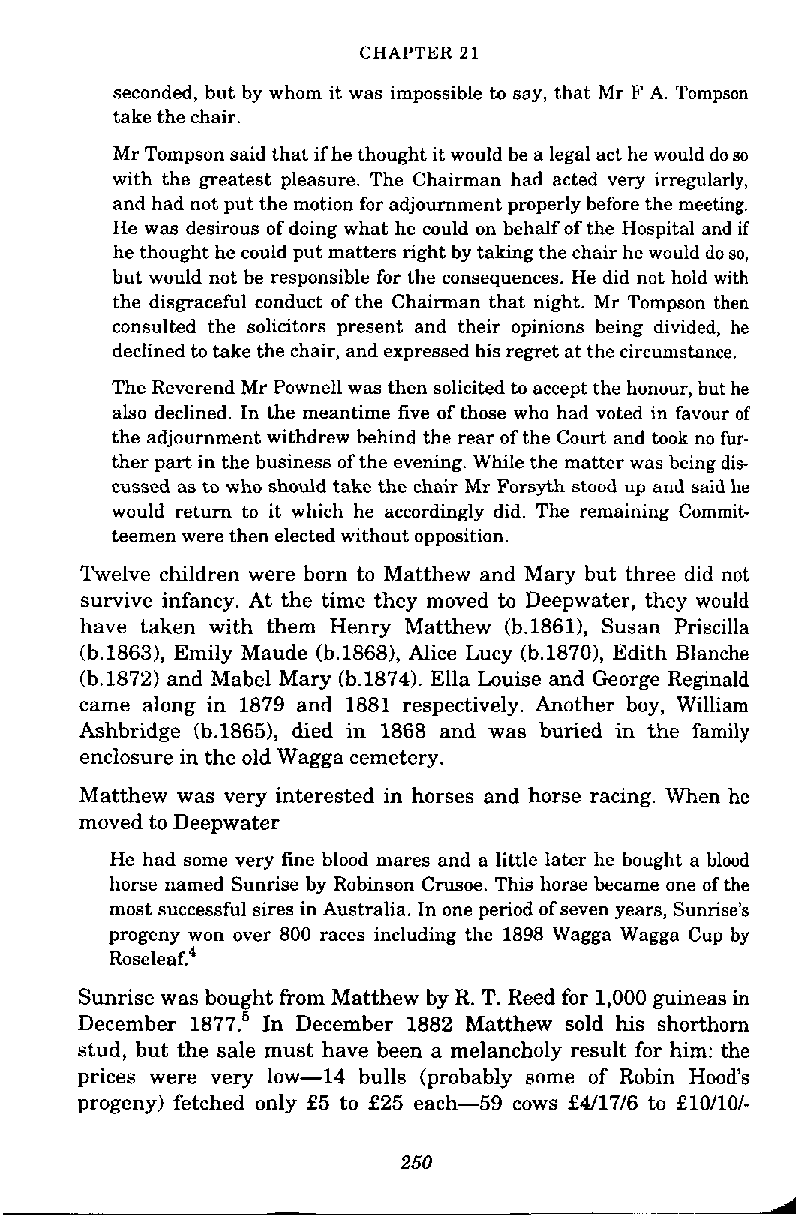
CHAPTER 21
 seconded, but by whom it was impossible to say, that Mr F A. Tompson
 take the chair.
 Mr Tompson said that if he thought it would be a legal act he would do so
 with the greatest pleasure. The Chairman had acted very irregularly,
 and had not put the motion for adjournment properly before the meeting.
 He was desirous of doing what he could on behalf of the Hospital and if
 he thought he could put matters right by taking the chair he would do so,
 but would not he responsible for the consequences. He did not hold with
 the disgraceful conduct of the Chairman that night. Mr Tompson then
 consulted the solicitors present and their opinions being divided, he
 declined to take the chair, and expressed his regret at the circumstance.
 The Reverend Mr Pownell was then solicited to accept the honour, but he
 also declined. In the meantime five of those who had voted in favour of
 the adjournment withdrew behind the rear of the Court and took no fur-
 ther part in the business of the evening. While the matter was being dis-
 cussed as to who should take the chair Mr Forsyth stood up and said he
 would return to it which he accordingly did. The remaining Commit-
 teemen were then elected without opposition.
 Twelve children were born to Matthew and Mary but three did not
 survive infancy. At the time they moved to Deepwater, they would
 have taken with them Henry Matthew (b.1861), Susan Priscilla
 (b.1863), Emily Maude (b.1868), Alice Lucy (b.1870), Edith Blanche
 (b.1872) and Mabel Mary (b.1874). Ella Louise and George Reginald
 came along in 1879 and 1881 respectively. Another boy, William
 Ashbridge (b.1865), died in 1868 and was buried in the family
 enclosure in the old Wagga cemetery.
 Matthew was very interested in horses and horse racing. When he
 moved to Deepwater
 He had some very fine blood mares and a little later he bought a blood
 horse named Sunrise by Robinson Cmsoe. This horse became one of the
 most successful sires in Australia. In one period of seven years, Sunrise's
 progeny won over 800 races including the 1898 Wagga Wagga Cup by
 ~oseleap
 Sunrise was bought from Matthew by R. T. Reed for 1,000 guineas in
 December 1877.~I n December 1882 Matthew sold his shorthorn
 stud, but the sale must have been a melancholy result for him: the
 prices were very low-14 bulls (probably some of Robin Hood's
 progeny) fetched only £5 to £25 each-59 cows £411716 to £10/10/-